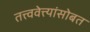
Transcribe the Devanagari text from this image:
तत्त्ववेत्त्यांसोबत